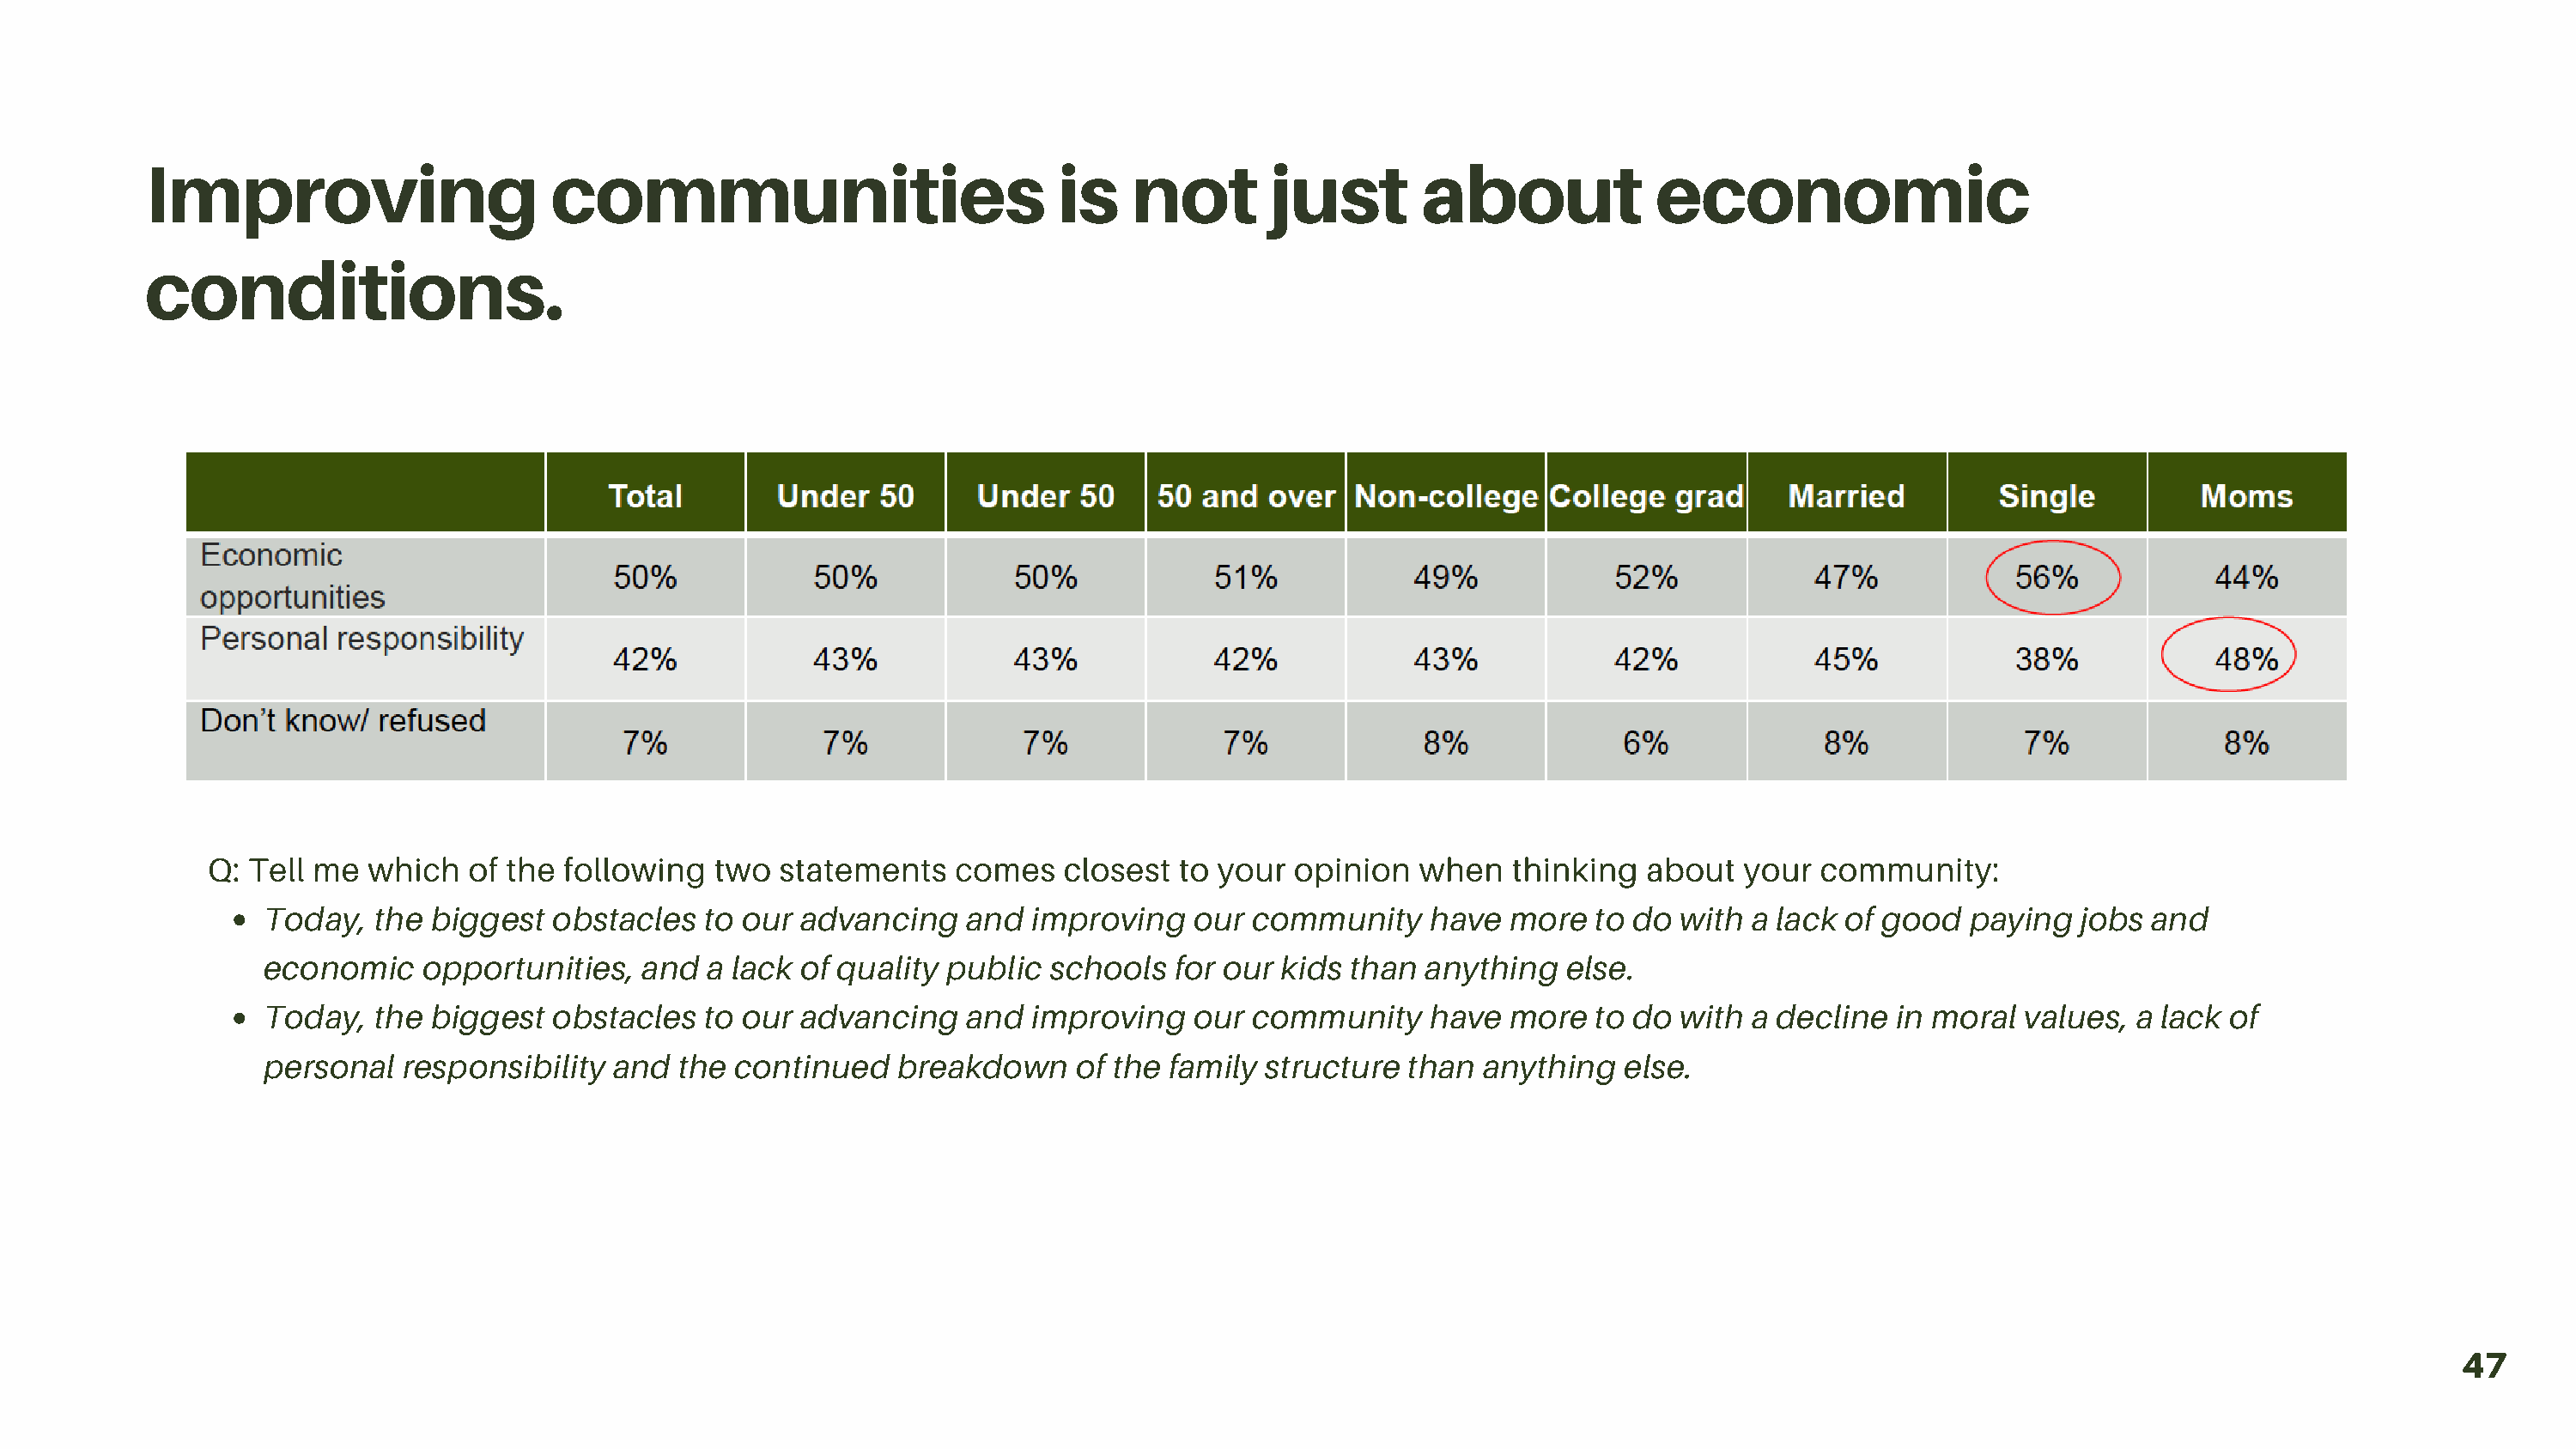
Improving                      communities                             is   not        just        about             economic
 conditions.
 Q: Tell me  which   of the following   two  statements    comes   closest  to your  opinion  when    thinking  about  your  community:
 Today,   the biggest   obstacles  to our  advancing    and  improving   our  community    have  more   to do  with a lack of good   paying  jobs  and
 economic     opportunities,  and   a lack of quality public  schools   for our kids than  anything   else.
 Today,   the biggest   obstacles  to our  advancing    and  improving   our  community    have  more   to do  with a decline  in moral  values,  a lack of
 personal   responsibility  and  the  continued   breakdown     of the family  structure  than anything   else.
 47